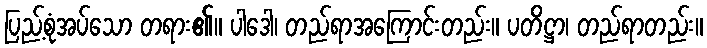
ပြည့်စုံအပ်သော တရား၏။ ပါဒေါ၊ တည်ရာအကြောင်းတည်း။ ပတိဋ္ဌာ၊ တည်ရာတည်း။